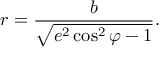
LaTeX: r = { \frac { b } { \sqrt { e ^ { 2 } \cos ^ { 2 } \varphi - 1 } } } .